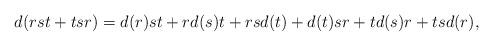
LaTeX: \begin{align*} d(rst+tsr)=d(r)st+rd(s)t+rsd(t)+d(t)sr+td(s)r+tsd(r),\end{align*}